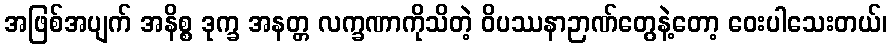
အဖြစ်အပျက် အနိစ္စ ဒုက္ခ အနတ္တ လက္ခဏာကိုသိတဲ့ ဝိပဿနာဉာဏ်တွေနဲ့တော့ ဝေးပါသေးတယ်၊